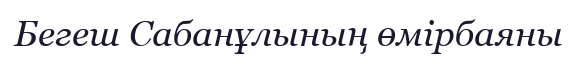
Бегеш Сабанұлының өмірбаяны